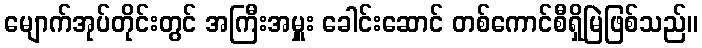
မျောက်အုပ်တိုင်းတွင် အကြီးအမှူး ခေါင်းဆောင် တစ်ကောင်စီရှိမြဲဖြစ်သည်။